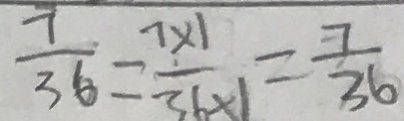
\frac { 7 } { 3 6 } = \frac { 7 \times 1 } { 3 6 \times 1 } = \frac { 7 } { 3 6 }